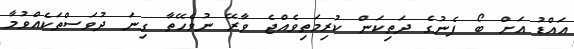
އައްޑު އަށް ބޯ ފެނުގެ ދަތިކަން ކުރިމަތިވެއްޖެ ވާރޭ ނުވެހޭތާ ގިނަ ދުވަސްތަކެއްވުމާ